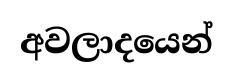
අවලාදයෙන්